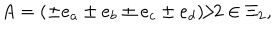
A = ( \pm e _ { a } \pm e _ { b } \pm e _ { c } \pm e _ { d } ) / 2 \in \Xi _ { 2 } ,